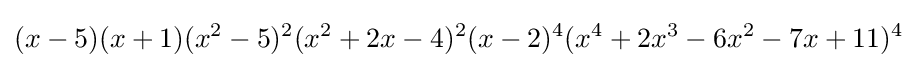
(x-5)(x+1)(x^{2}-5)^{2}(x^{2}+2x-4)^{2}(x-2)^{4}(x^{4}+2x^{3}-6x^{2}-7x+11)^{4}